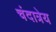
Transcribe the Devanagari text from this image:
चंदात्रेय